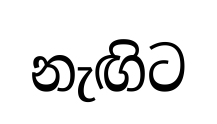
නැඟිට